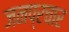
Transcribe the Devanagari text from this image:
जनप्रचार